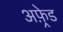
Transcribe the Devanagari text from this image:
अफ़्रेड